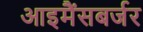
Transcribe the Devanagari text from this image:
आइमैंसबर्जर